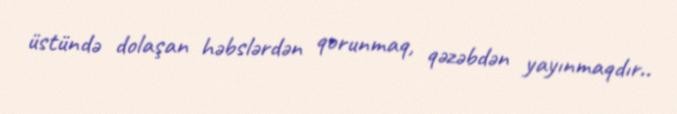
üstündə dolaşan həbslərdən qorunmaq, qəzəbdən yayınmaqdır..